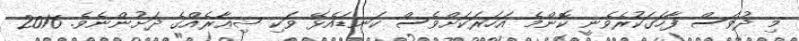
މި ދުވަސް ފާހަގަކުރެވެނީ ކޮންމެ އަހަރަކަށްވެސް ކަނޑައެޅޭ ވަކި ޝިޢާރެއްގެ ދަށުންނެވެ. 2016